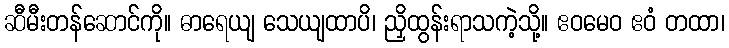
ဆီမီးတန်ဆောင်ကို။ ဓာရေယျ သေယျထာပိ၊ ညှိထွန်းရာသကဲ့သို့။ ဧဝမေဝ ဧဝံ တထာ၊